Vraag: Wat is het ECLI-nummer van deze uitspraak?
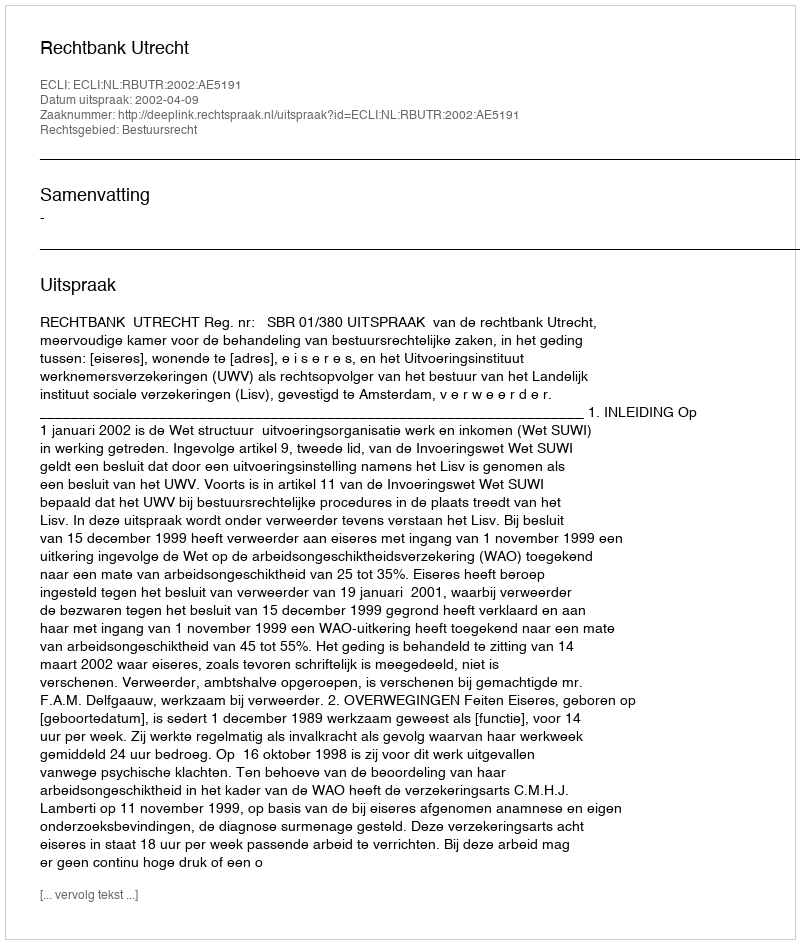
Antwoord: ECLI:NL:RBUTR:2002:AE5191